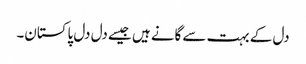
دل کے بہت سے گانے ہیں جیسے دل دل پاکستان۔